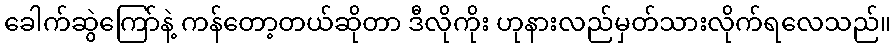
ခေါက်ဆွဲကြော်နဲ့ ကန်တော့တယ်ဆိုတာ ဒီလိုကိုး ဟုနားလည်မှတ်သားလိုက်ရလေသည်။